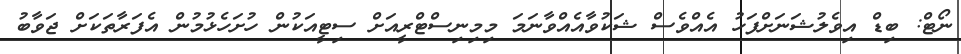
ނޯޓް: ބިޑް އިވެލުޝަނަށްފަހު އެއްވެސް ޝަކުވާއެއްވާނަމަ މިމިނިސްޓްރީއަށް ސިޓީއަކުން ހުށަހެޅުމުން އެފަރާތަކަށް ޖަވާބު